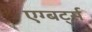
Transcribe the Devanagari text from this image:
एग्बर्ट्स